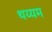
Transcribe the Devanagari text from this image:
थय्यम